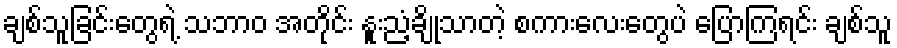
ချစ်သူခြင်းတွေရဲ့ သဘာဝ အတိုင်း နူးညံ့ချိုသာတဲ့ စကားလေးတွေပဲ ပြောကြရင်း ချစ်သူ